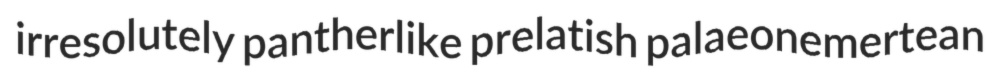
irresolutely pantherlike prelatish palaeonemertean